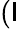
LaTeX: (\mathsf{I}